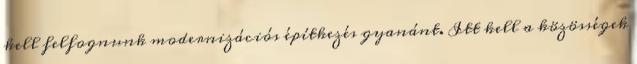
kell felfognunk modernizációs építkezés gyanánt. Itt kell a közösségek